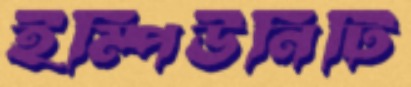
ইম্পিউনিটি